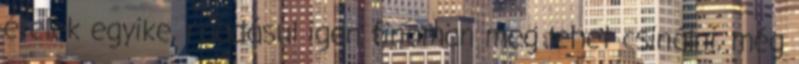
ételek egyike, ráadásul igen finoman meg lehet csinálni, még